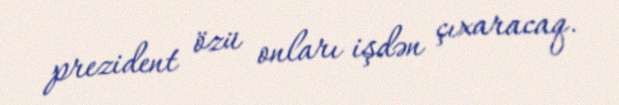
prezident özü onları işdən çıxaracaq.